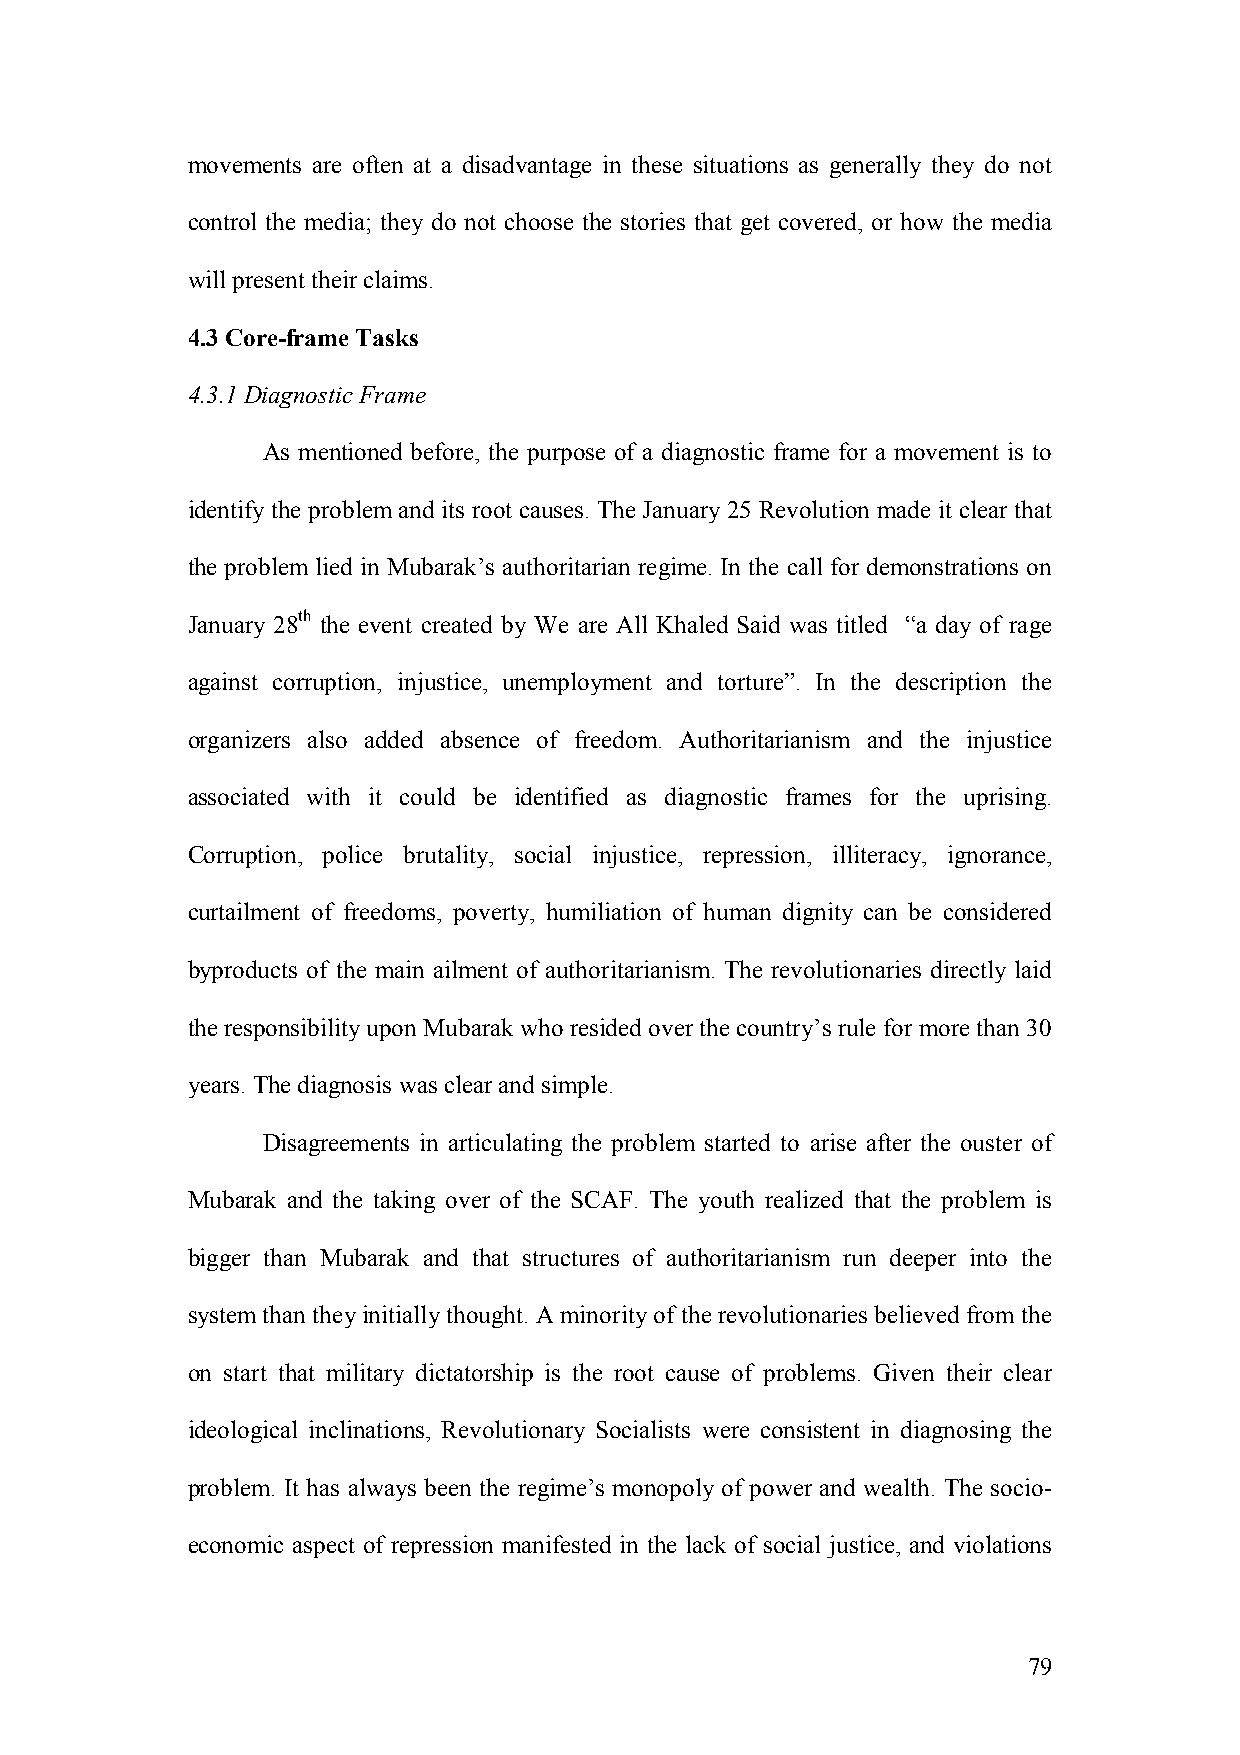
movements are often at a disadvantage in these situations as generally they do not
 control the media; they do not choose the stories that get covered, or how the media
 will present their claims.
 4.3 Core-frame Tasks
 4.3.1 Diagnostic Frame
 As mentioned before, the purpose of a diagnostic frame for a movement is to
 identify the problem and its root causes. The January 25 Revolution made it clear that
 the problem lied in Mubarak’s authoritarian regime. In the call for demonstrations on
 January 28th the event created by We are All Khaled Said was titled “a day of rage
 against corruption, injustice, unemployment and torture”. In the description the
 organizers also added absence of freedom. Authoritarianism and the injustice
 associated with it could be identified as diagnostic frames for the uprising.
 Corruption, police brutality, social injustice, repression, illiteracy, ignorance,
 curtailment of freedoms, poverty, humiliation of human dignity can be considered
 byproducts of the main ailment of authoritarianism. The revolutionaries directly laid
 the responsibility upon Mubarak who resided over the country’s rule for more than 30
 years. The diagnosis was clear and simple.
 Disagreements in articulating the problem started to arise after the ouster of
 Mubarak and the taking over of the SCAF. The youth realized that the problem is
 bigger than Mubarak and that structures of authoritarianism run deeper into the
 system than they initially thought. A minority of the revolutionaries believed from the
 on start that military dictatorship is the root cause of problems. Given their clear
 ideological inclinations, Revolutionary Socialists were consistent in diagnosing the
 problem. It has always been the regime’s monopoly of power and wealth. The socio-
 economic aspect of repression manifested in the lack of social justice, and violations
 79